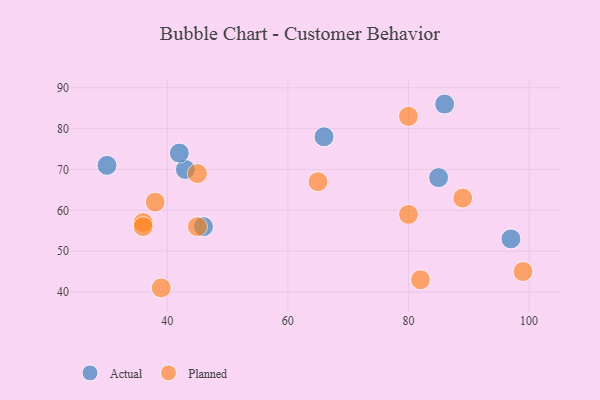
{"axis": {"x": "GDP", "y": "Life Expectancy"}, "legend": ["Actual", "Planned"], "data": [{"x": "66", "y": 78, "type": "Actual"}, {"x": "97", "y": 53, "type": "Actual"}, {"x": "30", "y": 71, "type": "Actual"}, {"x": "46", "y": 56, "type": "Actual"}, {"x": "85", "y": 68, "type": "Actual"}, {"x": "43", "y": 70, "type": "Actual"}, {"x": "42", "y": 74, "type": "Actual"}, {"x": "86", "y": 86, "type": "Actual"}, {"x": "36", "y": 57, "type": "Planned"}, {"x": "45", "y": 56, "type": "Planned"}, {"x": "89", "y": 63, "type": "Planned"}, {"x": "82", "y": 43, "type": "Planned"}, {"x": "80", "y": 59, "type": "Planned"}, {"x": "38", "y": 62, "type": "Planned"}, {"x": "39", "y": 41, "type": "Planned"}, {"x": "45", "y": 69, "type": "Planned"}, {"x": "65", "y": 67, "type": "Planned"}, {"x": "99", "y": 45, "type": "Planned"}, {"x": "36", "y": 56, "type": "Planned"}, {"x": "80", "y": 83, "type": "Planned"}]}